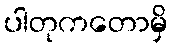
ပါတုကတောမှိ